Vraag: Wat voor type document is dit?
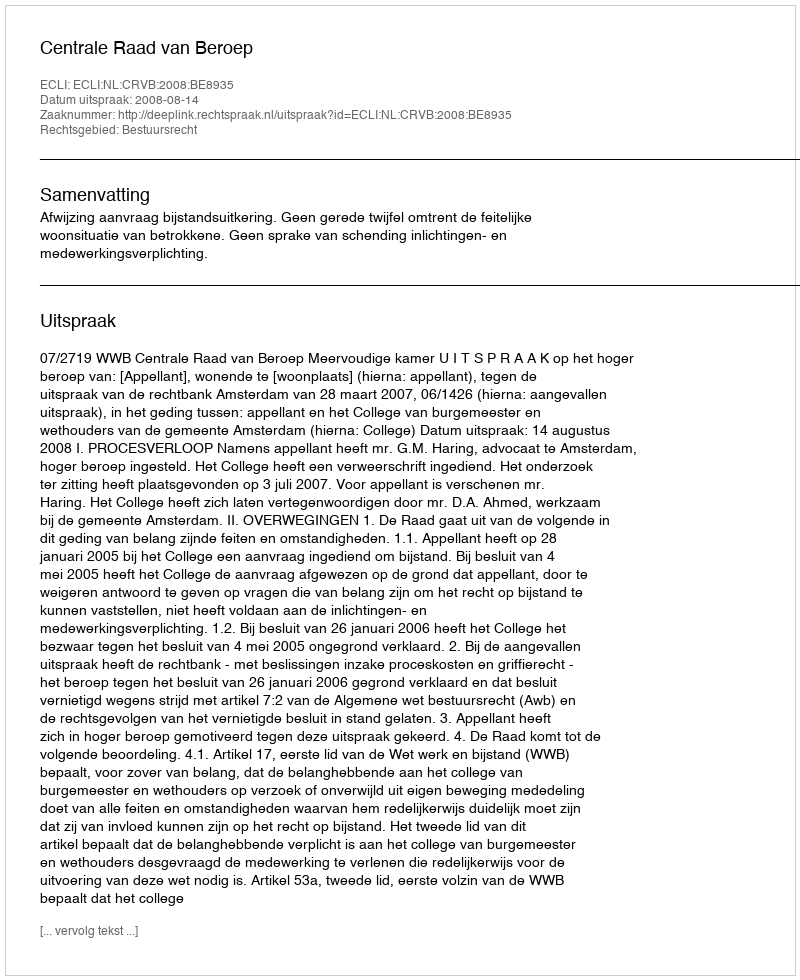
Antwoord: Uitspraak